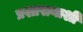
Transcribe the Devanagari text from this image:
प्रशासनाशी